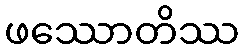
ဖဿောတိဿ